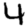
Digit: 4